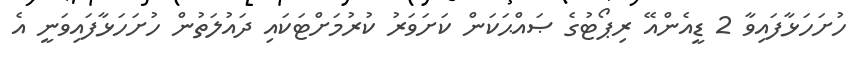
ހުށަހަޅާފައިވާ 2 ޑީއެންއޭ ރިޕޯޓުގެ ޞައްޙަކަން ކަށަވަރު ކުރުމަށްޓަކައި ދައުލަތުން ހުށަހަޅާފައިވަނީ އެ